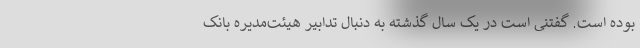
بوده است. گفتنی است در یک سال گذشته به دنبال تدابیر هیئت‌مدیره بانک